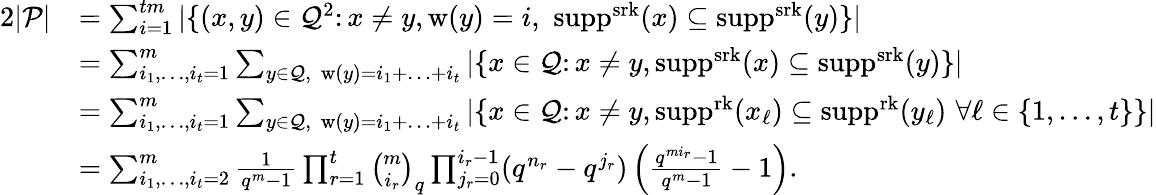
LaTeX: \begin{array}{rl}{2|\mathcal{P}|}&{=\sum_{i=1}^{tm}|\{ (x,y)\in\mathcal{Q}^{2}\colon x\ne y,\mathrm{w}(y)=i,\, \, \mathrm{supp}^{\mathrm{srk}}(x)\subseteq\mathrm{supp}^{\mathrm{srk}}(y)\} |}\\ &{=\sum_{i_{1},\ldots,i_{t}=1}^{m}\sum_{y\in\mathcal{Q},\ \ \mathrm{w}(y)=i_{1}+\ldots+i_{t}}|\{ x\in\mathcal{Q}\colon x\ne y,\mathrm{supp}^{\mathrm{srk}}(x)\subseteq\mathrm{supp}^{\mathrm{srk}}(y)\} |}\\ &{=\sum_{i_{1},\ldots,i_{t}=1}^{m}\sum_{y\in\mathcal{Q},\ \ \mathrm{w}(y)=i_{1}+\ldots+i_{t}}|\{ x\in\mathcal{Q}\colon x\ne y,\mathrm{supp}^{\mathrm{rk}}(x_{\ell})\subseteq\mathrm{supp}^{\mathrm{rk}}(y_{\ell})\, \, \forall\ell\in\{ 1,\ldots,t\} \} |}\\ &{=\sum_{i_{1},\ldots,i_{t}=2}^{m}\frac{1}{q^{m}-1}\prod_{r=1}^{t}{\binom{m}{i_{r}}}_{q}\prod_{j_{r}=0}^{i_{r}-1}(q^{n_{r}}-q^{j_{r}})\left(\frac{q^{mi_{r}}-1}{q^{m}-1}-1\right).}\end{array}